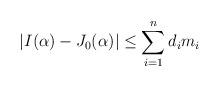
LaTeX: \begin{align*}|I(\alpha) - J_0(\alpha)| \le \sum_{i=1}^n d_i m_i\end{align*}